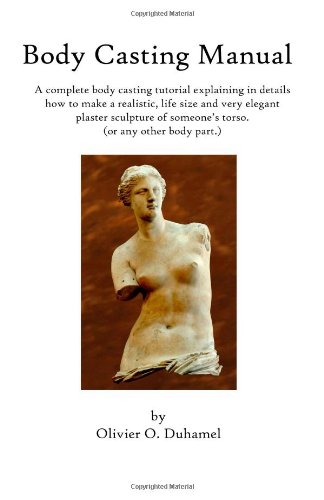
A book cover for Body Casting Manual: A complete body casting tutorial explaining in details how to make a realistic, life size and very elegant plaster sculpture of someone's torso (or any other body part.); Olivier O Duhamel; Arts & Photography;